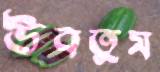
উবতুম